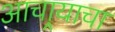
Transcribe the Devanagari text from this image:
आचार्‍याचा